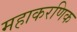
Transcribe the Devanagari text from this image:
महाकरणिक